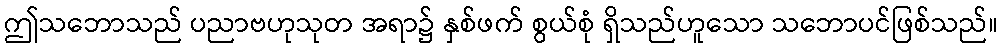
ဤသဘောသည် ပညာဗဟုသုတ အရာ၌ နှစ်ဖက် စွယ်စုံ ရှိသည်ဟူသော သဘောပင်ဖြစ်သည်။